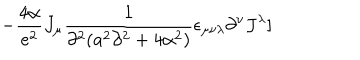
LaTeX: - { \frac { 4 \alpha } { e ^ { 2 } } } J _ { \mu } { \frac { 1 } { \partial ^ { 2 } ( a ^ { 2 } \partial ^ { 2 } + 4 \alpha ^ { 2 } ) } } \epsilon _ { \mu \nu \lambda } \partial ^ { \nu } J ^ { \lambda } ]